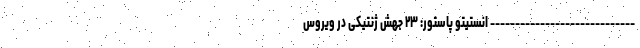
----------------------------- انستیتو پاستور: ۲۳ جهش ژنتیکی در ویروس